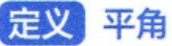
定义 平角